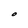
Character: O